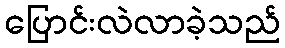
ပြောင်းလဲလာခဲ့သည်